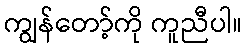
ကျွန်တော့်ကို ကူညီပါ။